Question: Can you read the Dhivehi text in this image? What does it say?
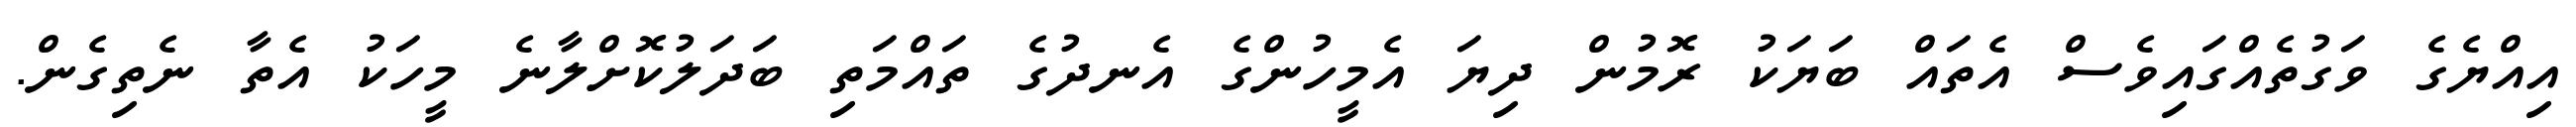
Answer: އިއްޔެގެ ވަގުތެއްގައިވެސް އެތައް ބަޔަކު ރޮމުން ދިޔަ އެމީހުންގެ އެނދުގެ ތައްމަތި ބަދަލުކޮށްލާނެ މީހަކު އެތާ ނެތިގެން.